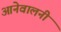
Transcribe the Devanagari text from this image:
आनेवालनी